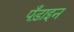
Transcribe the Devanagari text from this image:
पँड़ाइन